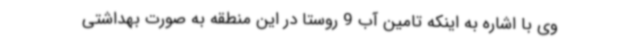
وی با اشاره به اینکه تامین آب 9 روستا در این منطقه به صورت بهداشتی